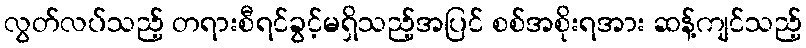
လွတ်လပ်သည့် တရားစီရင်ခွင့်မရှိသည့်အပြင် စစ်အစိုးရအား ဆန့်ကျင်သည့်